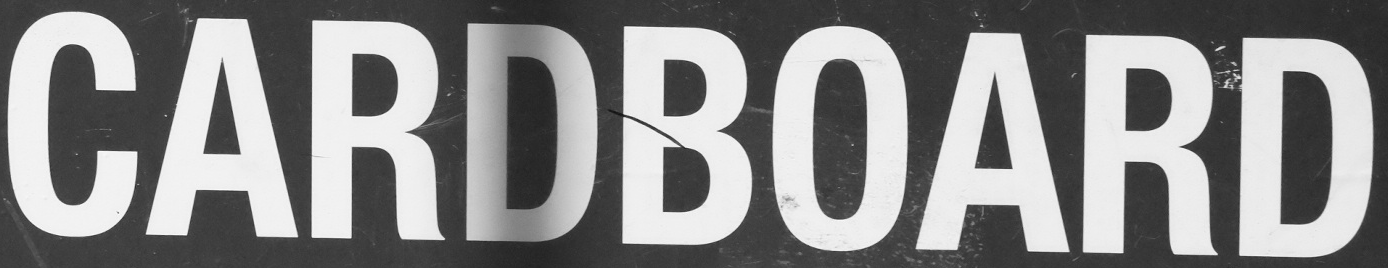
CARDBOARD